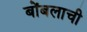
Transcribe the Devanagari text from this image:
बोंबलाची